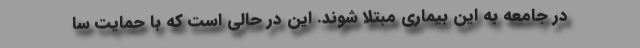
در جامعه به این بیماری مبتلا شوند. این در حالی است که با حمایت سا